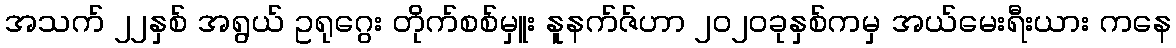
အသက် ၂၂နှစ် အရွယ် ဥရုဂွေး တိုက်စစ်မှူး နူနက်ဇ်ဟာ ၂၀၂၀ခုနှစ်ကမှ အယ်မေးရီးယား ကနေ